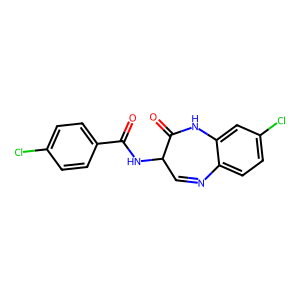
SMILES: O=C(NC1C=Nc2ccc(Cl)cc2NC1=O)c1ccc(Cl)cc1
Inhibits HIV replication: No